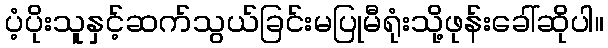
ပံ့ပိုးသူနှင့်ဆက်သွယ်ခြင်းမပြုမီရုံးသို့ဖုန်းခေါ်ဆိုပါ။